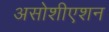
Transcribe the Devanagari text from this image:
असोशीएशन